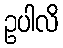
ဥပါလိ